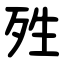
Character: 殅